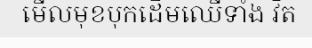
មើលមុខបុកដើមឈើទាំង វិត